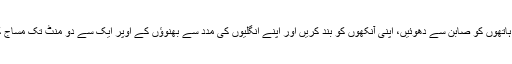
اپنے ہاتھوں کو صابن سے دھوئیں، اپنی آنکھوں کو بند کریں اور اپنے انگلیوں کی مدد سے بھنوﺅں کے اوپر ایک سے دو منٹ تک مساج کریں۔